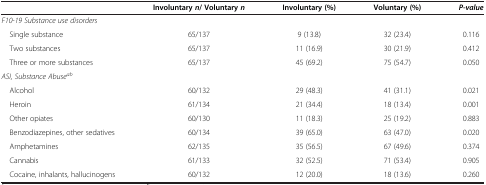
|  | Involuntary n/ Voluntary n | Involuntary (%) | Voluntary (%) | P-value |
 | --- | --- | --- | --- | --- |
 | <COLSPAN=5> F10-19 Substance use disorders |
 | Single substance | 65/137 | 9 (13.8) | 32 (23.4) | 0.116 |
 | Two substances | 65/137 | 11 (16.9) | 30 (21.9) | 0.412 |
 | Three or more substances | 65/137 | 45 (69.2) | 75 (54.7) | 0.050 |
 | <COLSPAN=5> ASI, Substance Abuseab |
 | Alcohol | 60/132 | 29 (48.3) | 41 (31.1) | 0.021 |
 | Heroin | 61/134 | 21 (34.4) | 18 (13.4) | 0.001 |
 | Other opiates | 60/130 | 11 (18.3) | 25 (19.2) | 0.883 |
 | Benzodiazepines, other sedatives | 60/134 | 39 (65.0) | 63 (47.0) | 0.020 |
 | Amphetamines | 62/135 | 35 (56.5) | 67 (49.6) | 0.374 |
 | Cannabis | 61/133 | 32 (52.5) | 71 (53.4) | 0.905 |
 | Cocaine, inhalants, hallucinogens | 60/132 | 12 (20.0) | 18 (13.6) | 0.260 |